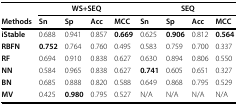
<table><thead><tr><td></td><td colspan="4"><b>WS+SEQ</b></td><td colspan="4"><b>SEQ</b></td></tr><tr><td><b>Methods</b></td><td><b>Sn</b></td><td><b>Sp</b></td><td><b>Acc</b></td><td><b>MCC</b></td><td><b>Sn</b></td><td><b>Sp</b></td><td><b>Acc</b></td><td><b>MCC</b></td></tr></thead><tbody><tr><td><b>iStable</b></td><td>0.688</td><td>0.941</td><td>0.857</td><td><b>0.669</b></td><td>0.625</td><td><b>0.906</b></td><td>0.812</td><td><b>0.564</b></td></tr><tr><td><b>RBFN</b></td><td><b>0.752</b></td><td>0.764</td><td>0.760</td><td>0.495</td><td>0.583</td><td>0.759</td><td>0.700</td><td>0.337</td></tr><tr><td><b>RF</b></td><td>0.694</td><td>0.910</td><td>0.838</td><td>0.627</td><td>0.630</td><td>0.894</td><td>0.806</td><td>0.550</td></tr><tr><td><b>NN</b></td><td>0.584</td><td>0.965</td><td>0.838</td><td>0.627</td><td><b>0.741</b></td><td>0.605</td><td>0.651</td><td>0.327</td></tr><tr><td><b>BN</b></td><td>0.685</td><td>0.888</td><td>0.820</td><td>0.588</td><td>0.649</td><td>0.868</td><td>0.795</td><td>0.529</td></tr><tr><td><b>MV</b></td><td>0.425</td><td><b>0.980</b></td><td>0.795</td><td>0.527</td><td>N/A</td><td>N/A</td><td>N/A</td><td>N/A</td></tr></tbody></table>